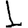
Digit: 1